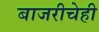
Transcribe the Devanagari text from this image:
बाजरीचेही